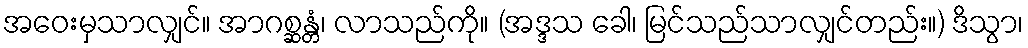
အဝေးမှသာလျှင်။ အာဂစ္ဆန္တံ၊ လာသည်ကို။ (အဒ္ဒသ ခေါ၊ မြင်သည်သာလျှင်တည်း။) ဒိသွာ၊